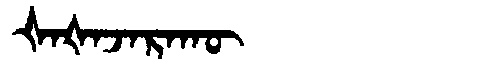
Manchu: ᡧᠠᡧᠠᠵᠠᡵᠠᡴᡡ
Romanization: ŠAŠAJARAKŪ